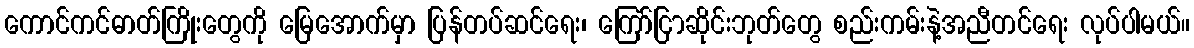
ကောင်ကင်ဓာတ်ကြိုးတွေကို မြေအောက်မှာ ပြန်တပ်ဆင်ရေး၊ ကြော်ငြာဆိုင်းဘုတ်တွေ စည်းကမ်းနဲ့အညီတင်ရေး လုပ်ပါမယ်။